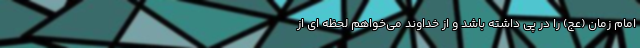
امام زمان (عج) را در پی داشته باشد و از خداوند می‌خواهم لحظه ای از